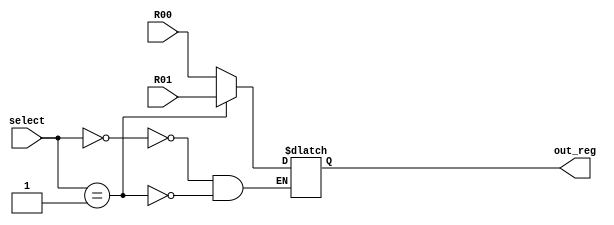
module mux32to1(select, R00, R01, out_reg);
    
input  [4:0]  select;
input  [31:0] R00, R01;
output reg [31:0]  out_reg;

always @(*) 
    begin
        case(select)
            5'b00000: out_reg = R00;
            5'b00001: out_reg = R01;
           
            endcase
    end

endmodule